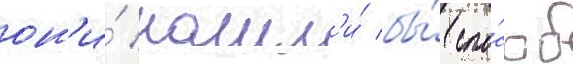
он'и́ нашл'и́ бы́ спо́соб